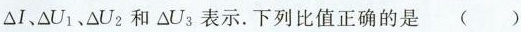
\Delta I、\Delta U_{1}、\Delta U_{2}和\Delta U_{3}表示.下列比值正确的是 ( )